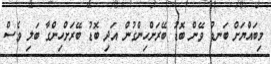
މިބައްޔަށް ބަނޑު ވޭން ބޮޑު ބޭރަށްހިންގުން އަދި ބޮޑު ބޭރަށްހިންގާ ބަލި ވެސް